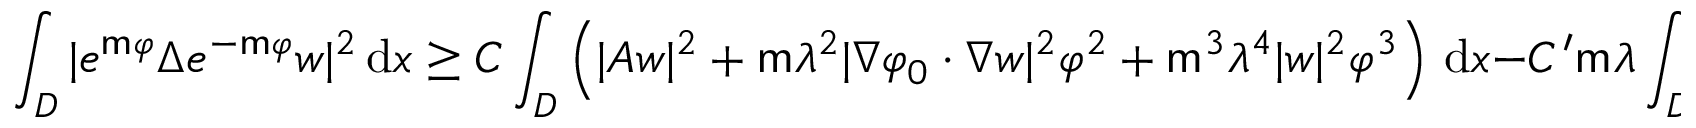
\int _ { { D } } | e ^ { \mathsf { m } \varphi } \Delta e ^ { - \mathsf { m } \varphi } w | ^ { 2 } \, \mathrm { d } x \geq C \int _ { { D } } \left( | A w | ^ { 2 } + \mathsf { m } \lambda ^ { 2 } | \nabla \varphi _ { 0 } \cdot \nabla w | ^ { 2 } \varphi ^ { 2 } + \mathsf { m } ^ { 3 } \lambda ^ { 4 } | w | ^ { 2 } \varphi ^ { 3 } \right) \, \mathrm { d } x - C ^ { \prime } \mathsf { m } \lambda \int _ { D } | \nabla w | ^ { 2 } \varphi \, \mathrm { d } x .